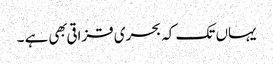
یہاں تک کہ بحری قزاقی بهی ہے ۔